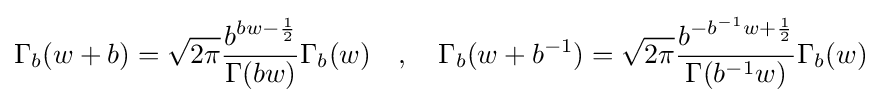
\Gamma _{b}(w+b)={\sqrt {2\pi }}{\frac {b^{bw-{\frac {1}{2}}}}{\Gamma (bw)}}\Gamma _{b}(w)\quad ,\quad \Gamma _{b}(w+b^{-1})={\sqrt {2\pi }}{\frac {b^{-b^{-1}w+{\frac {1}{2}}}}{\Gamma (b^{-1}w)}}\Gamma _{b}(w)\